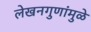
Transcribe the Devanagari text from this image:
लेखनगुणांमुळे